Report on vaccination for the Province of Oudh 1871 -
Year: 1871
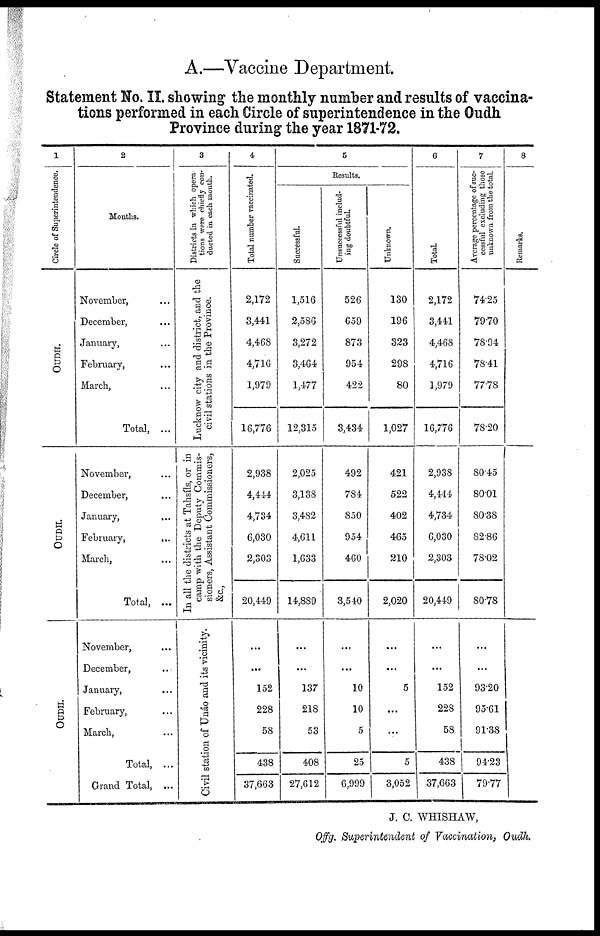
A.—Vaccine Department.
Statement No. II. showing the monthly number and results of vaccina-
tions performed in each Circle of superintendence in the Oudh
Province during the year 1871-72.
1
Circle of Superintendence
OUDH.
OUDH.
OUDH.
2
Months.
November, ...
December, ...
January, ...
February, ...
March, ...
Total, ...
November, ...
December, ...
January,
...
February, ...
March, ...
Total, ...
November, ...
December, ...
January, ...
February, ...
March, ...
Total, ...
Grand Total, ...
3
Districts in which opera¬
tions were chiefly con-
ducted in each month.
Lucknow city and district, and the
civil stations in the Province.
In all t he di st r i ct s at Tahsí l s, or in
camp with the Deput y Co mmis -
sioners, As s i
s t
ant Commis s
ione r
s
,
&c.,
Civil station of Unáo and its vicinity.
4
Total number vaccinated.
2,172
3,441
4,468
4,716
1,979
16,776
2,938
4,444
4,734
6,030
2,303
20,449
...
...
152
228
58
438
37,663
5
Results.
Successful.
1,516
2,586
3,272
3,464
1,477
12,315
2,025
3,138
3,482
4,611
1,633
14,889
...
...
137
218
53
408
27,612
Unsuccessful includ-
ing doubtful.
526
659
873
954
422
3,434
492
784
850
954
460
3,540
...
...
10
10
5
25
6,999
Unknown.
130
196
323
298
80
1,027
421
522
402
465
210
2,020
...
...
5
...
...
5
3,052
6
Total.
2,172
3,441
4,468
4,716
1,979
16,776
2,938
4,444
4,734
6,030
2,303
20,449
...
...
152
228
58
438
37,663
7
Average percentage of suc-
cessful excluding those
unknown from the total.
74.25
79.70
78.94
78.41
77.78
78.20
80.45
80.01
80.38
82.86
78.02
80.78
...
...
93.20
95.61
91.38
94.23
79.77
8
Remarks.
J. C. WHISHAW,
Offg. Superintendent of Vaccination, Oudh.